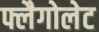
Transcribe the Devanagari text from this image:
फ्लैगोलेट